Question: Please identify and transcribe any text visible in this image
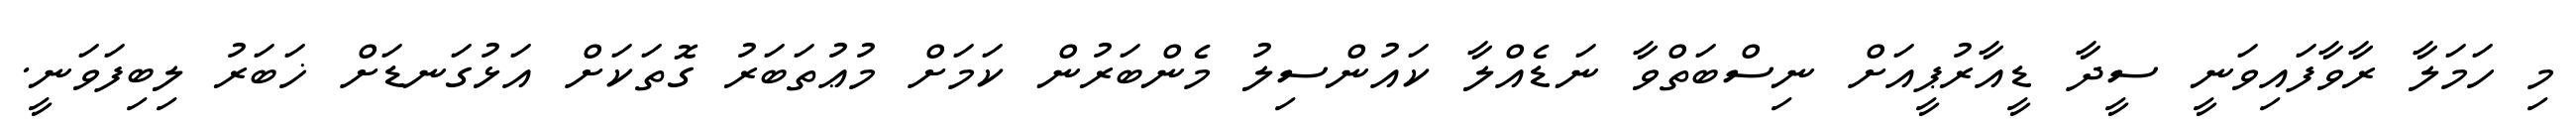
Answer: މި ހަމަލާ ރާވާފައިވަނީ ސީދާ ޑީއާރުޕީއަށް ނިސްބަތްވާ ނަޑެއްލާ ކައުންސިލު މެންބަރުން ކަމަށް މުޢުތަބަރު ގޮތަކަށް އަޅުގަނޑަށް ޚަބަރު ލިބިފަވަނީ.